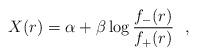
LaTeX: \begin{align*}X(r) = \alpha + \beta \log \frac{f_{-} (r)}{f_{+} (r)}~~,\end{align*}